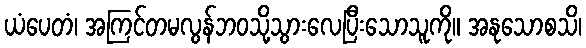
ယံပေတံ၊ အကြင်တမလွန်ဘဝသို့သွားလေပြီးသောသူကို။ အနုသောစသိ၊